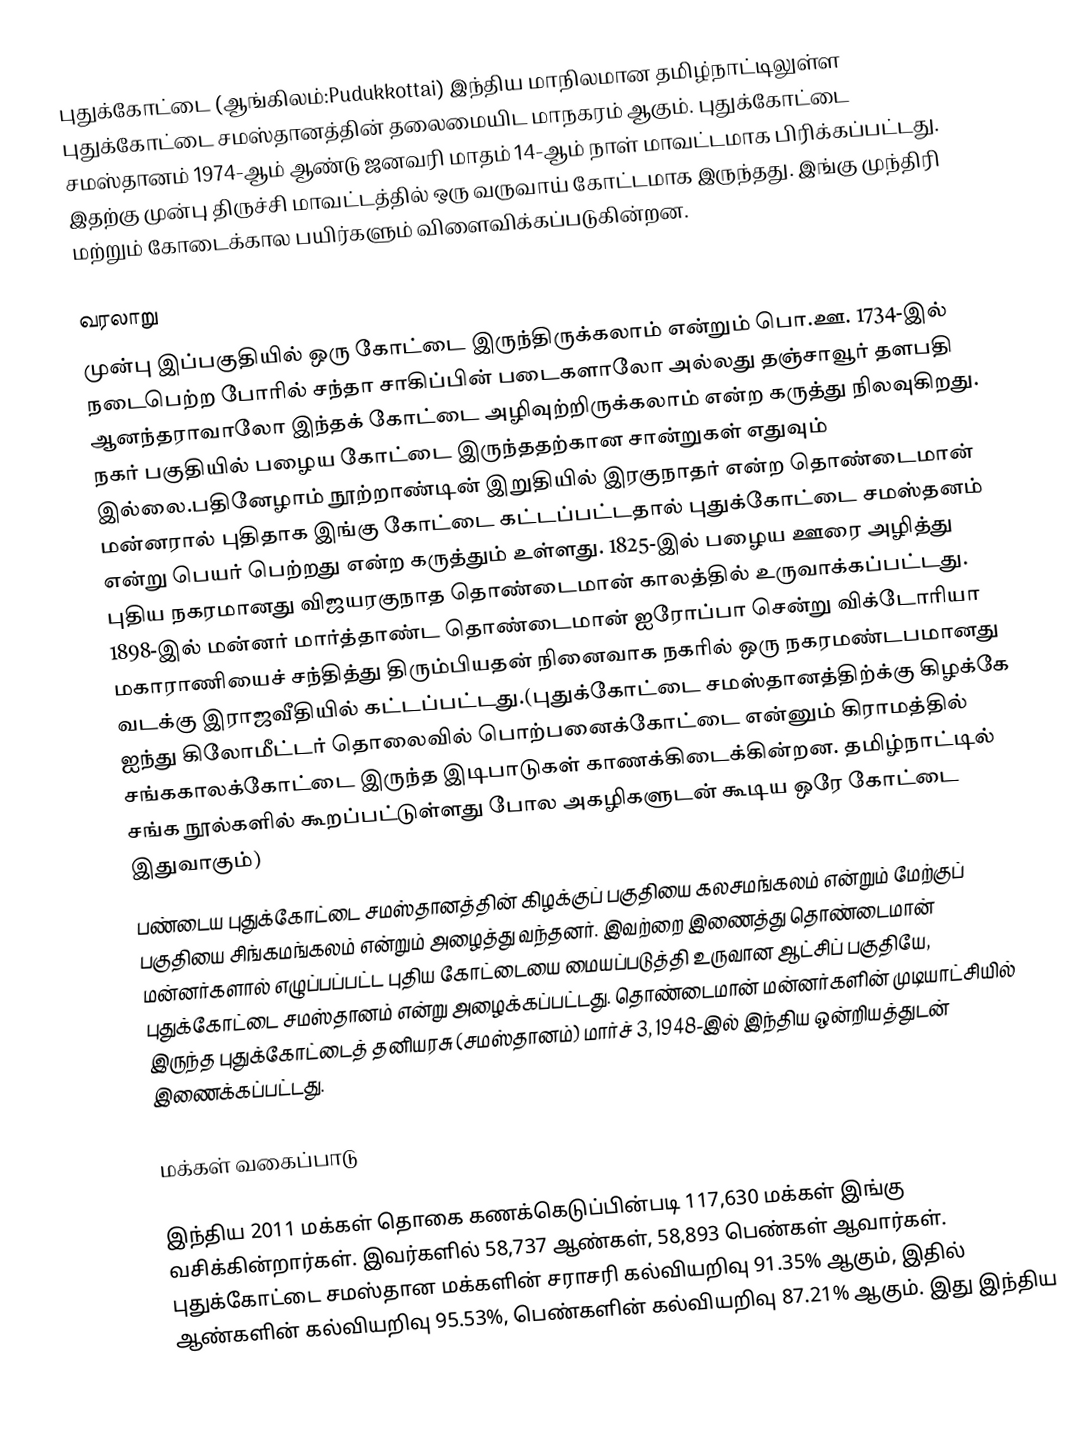
புதுக்கோட்டை (ஆங்கிலம்:Pudukkottai) இந்திய மாநிலமான தமிழ்நாட்டிலுள்ள புதுக்கோட்டை சமஸ்தானத்தின் தலைமையிட மாநகரம் ஆகும். புதுக்கோட்டை சமஸ்தானம் 1974-ஆம் ஆண்டு ஜனவரி மாதம் 14-ஆம் நாள் மாவட்டமாக பிரிக்கப்பட்டது. இதற்கு முன்பு திருச்சி மாவட்டத்தில் ஒரு வருவாய் கோட்டமாக இருந்தது. இங்கு முந்திரி மற்றும் கோடைக்கால பயிர்களும் விளைவிக்கப்படுகின்றன.

வரலாறு
முன்பு இப்பகுதியில் ஒரு கோட்டை இருந்திருக்கலாம் என்றும் பொ.ஊ. 1734-இல் நடைபெற்ற போரில் சந்தா சாகிப்பின் படைகளாலோ அல்லது தஞ்சாவூர் தளபதி ஆனந்தராவாலோ இந்தக் கோட்டை அழிவுற்றிருக்கலாம் என்ற கருத்து நிலவுகிறது. நகர் பகுதியில் பழைய கோட்டை இருந்ததற்கான சான்றுகள் எதுவும் இல்லை.பதினேழாம் நூற்றாண்டின் இறுதியில் இரகுநாதர் என்ற தொண்டைமான் மன்னரால் புதிதாக இங்கு கோட்டை கட்டப்பட்டதால்  புதுக்கோட்டை சமஸ்தனம் என்று பெயர் பெற்றது என்ற கருத்தும் உள்ளது. 1825-இல் பழைய ஊரை அழித்து புதிய நகரமானது விஜயரகுநாத தொண்டைமான் காலத்தில் உருவாக்கப்பட்டது. 1898-இல் மன்னர் மார்த்தாண்ட தொண்டைமான் ஐரோப்பா சென்று விக்டோரியா மகாராணியைச்  சந்தித்து திரும்பியதன் நினைவாக நகரில் ஒரு நகரமண்டபமானது வடக்கு இராஜவீதியில் கட்டப்பட்டது.(புதுக்கோட்டை சமஸ்தானத்திற்க்கு கிழக்கே ஐந்து கிலோமீட்டர் தொலைவில் பொற்பனைக்கோட்டை என்னும் கிராமத்தில் சங்ககாலக்கோட்டை இருந்த இடிபாடுகள் காணக்கிடைக்கின்றன. தமிழ்நாட்டில் சங்க நூல்களில் கூறப்பட்டுள்ளது போல அகழிகளுடன் கூடிய ஒரே கோட்டை இதுவாகும்)
பண்டைய புதுக்கோட்டை சமஸ்தானத்தின் கிழக்குப் பகுதியை கலசமங்கலம் என்றும் மேற்குப் பகுதியை சிங்கமங்கலம் என்றும் அழைத்து வந்தனர். இவற்றை இணைத்து தொண்டைமான் மன்னர்களால் எழுப்பப்பட்ட புதிய கோட்டையை மையப்படுத்தி உருவான ஆட்சிப் பகுதியே, புதுக்கோட்டை சமஸ்தானம் என்று அழைக்கப்பட்டது. தொண்டைமான் மன்னர்களின் முடியாட்சியில் இருந்த புதுக்கோட்டைத் தனியரசு (சமஸ்தானம்) மார்ச் 3, 1948-இல் இந்திய ஒன்றியத்துடன் இணைக்கப்பட்டது.

மக்கள் வகைப்பாடு

இந்திய 2011 மக்கள் தொகை கணக்கெடுப்பின்படி 117,630 மக்கள் இங்கு வசிக்கின்றார்கள். இவர்களில் 58,737 ஆண்கள், 58,893 பெண்கள் ஆவார்கள். புதுக்கோட்டை சமஸ்தான மக்களின் சராசரி கல்வியறிவு 91.35% ஆகும்,  இதில் ஆண்களின் கல்வியறிவு 95.53%,  பெண்களின் கல்வியறிவு 87.21% ஆகும். இது இந்திய